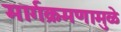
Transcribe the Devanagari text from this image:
मार्गक्रमणामुळे